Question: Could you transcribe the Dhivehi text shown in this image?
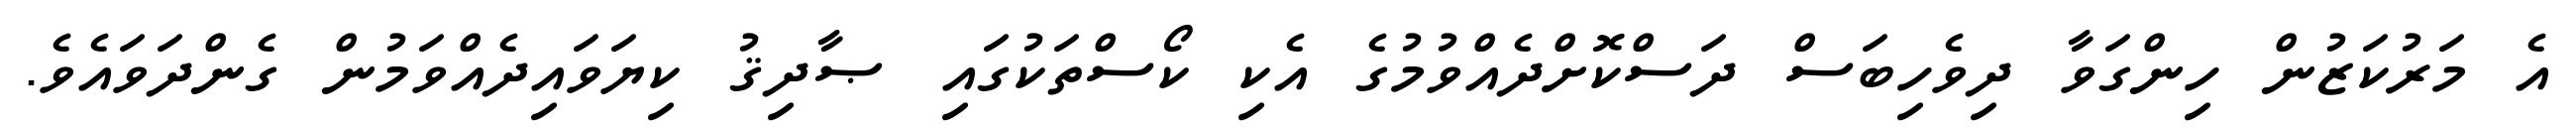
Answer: އެ މަރުކަޒުން ހިންގަވާ ދިވެހިބަސް ދަސްކޮށްދެއްވުމުގެ އެކި ކޯސްތަކުގައި ޞާދިޤު ކިޔަވައިދެއްވަމުން ގެންދަވައެވެ.